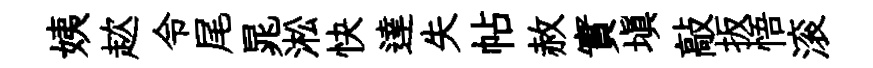
姨趑令尾晁淞快達失帖赦實塡敲扳悟滚